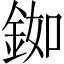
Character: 銣